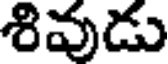
శివుడు